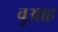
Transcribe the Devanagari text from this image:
वुआह